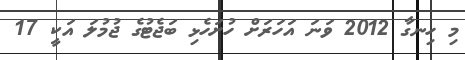
މި ހިނގާ 2012 ވަނަ އަހަރަށް ހުށަހެޅި ބަޖެޓުގެ ޖުމުލަ އަކީ 17